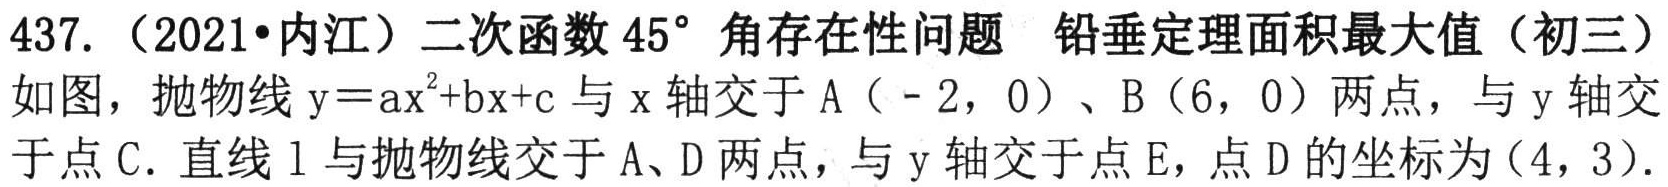
437.（2021•内江）二次函数\(45^{\circ}\)角存在性问题 铅垂定理面积最大值（初三）
如图，抛物线\(y = ax^{2}+bx + c\)与\(x\)轴交于\(A(-2,0)\)、\(B(6,0)\)两点，与\(y\)轴交
于点\(C\). 直线\(l\)与抛物线交于\(A、D\)两点，与\(y\)轴交于点\(E\)，点\(D\)的坐标为\((4,3)\).